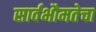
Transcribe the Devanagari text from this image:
सार्वभौमतेचा